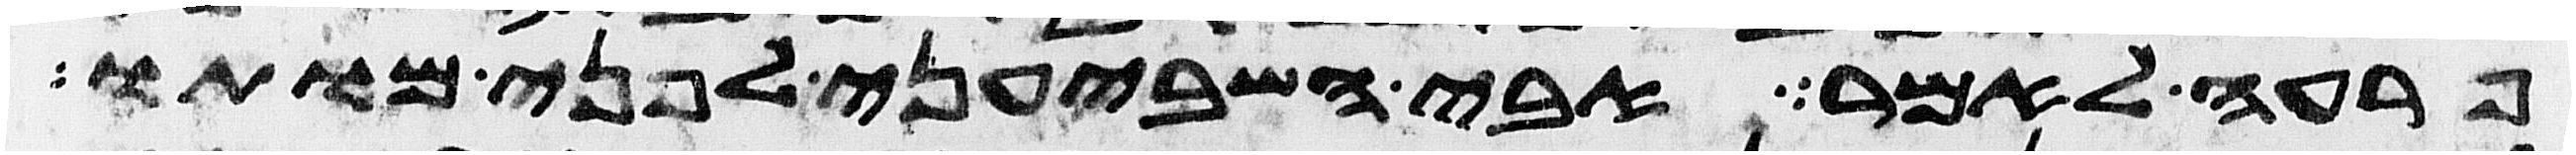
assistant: פרעה לאמר אבי השביעני לפני מותו